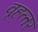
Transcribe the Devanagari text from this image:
वृहत्‍तर